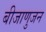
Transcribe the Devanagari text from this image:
बीजाणुजन